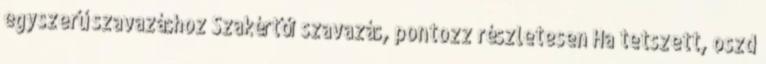
egyszerű szavazáshoz Szakértői szavazás, pontozz részletesen Ha tetszett, oszd